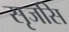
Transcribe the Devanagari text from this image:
सृजसि